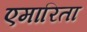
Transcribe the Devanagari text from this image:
एमारिता